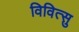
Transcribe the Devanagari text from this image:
विवित्सु